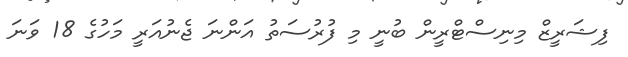
ފިޝަރީޒް މިނިސްޓްރީން ބުނީ މި ފުރުސަތު އަންނަ ޖެނުއަރީ މަހުގެ 18 ވަނަ